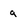
Character: g